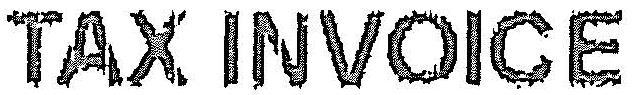
TAX INVOICE